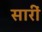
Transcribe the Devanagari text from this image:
सारीं